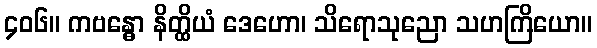
၄၀၆။ ကဗန္ဓော နိတ္ထိယံ ဒေဟော၊ သိရောသုညော သဟကြိယော။